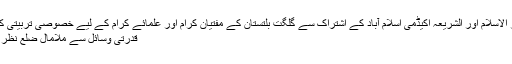
جامعہ نصر الاسلام اور الشریعہ اکیڈمی اسلام آباد کے اشتراک سے گلگت بلتستان کے مفتیان کرام اور علمائے کرام کے لیے خصوصی تربیتی کورس منعقد
قدرتی وسائل سے ملامال ضلع نظر انداز کیوں؟